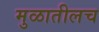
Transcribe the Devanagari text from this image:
मुळातीलच